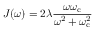
J ( \omega ) = 2 \lambda \frac { \omega \omega _ { \mathrm { c } } } { \omega ^ { 2 } + \omega _ { \mathrm { c } } ^ { 2 } }